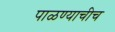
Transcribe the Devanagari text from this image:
पाळण्याचीच